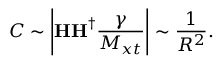
C \sim \left| { { \bf { H H } } ^ { \dag } { \frac { \gamma } { M _ { x t } } } } \right| \sim \frac { 1 } { R ^ { 2 } } .